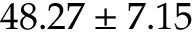
4 8 . 2 7 \pm 7 . 1 5